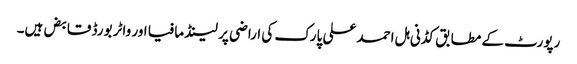
رپورٹ کے مطابق کڈنی ہل احمد علی پارک کی اراضی پر لینڈ مافیا اور واٹر بورڈ قابض ہیں۔